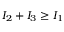
I _ { 2 } + I _ { 3 } \ge I _ { 1 }